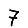
Digit: 7